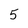
Character: 5